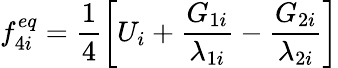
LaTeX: f_{4i}^{eq}=\frac{1}{4}\left[U_{i}+\frac{G_{1i}}{\lambda_{1i}}-\frac{G_{2i}}{\lambda_{2i}}\right]